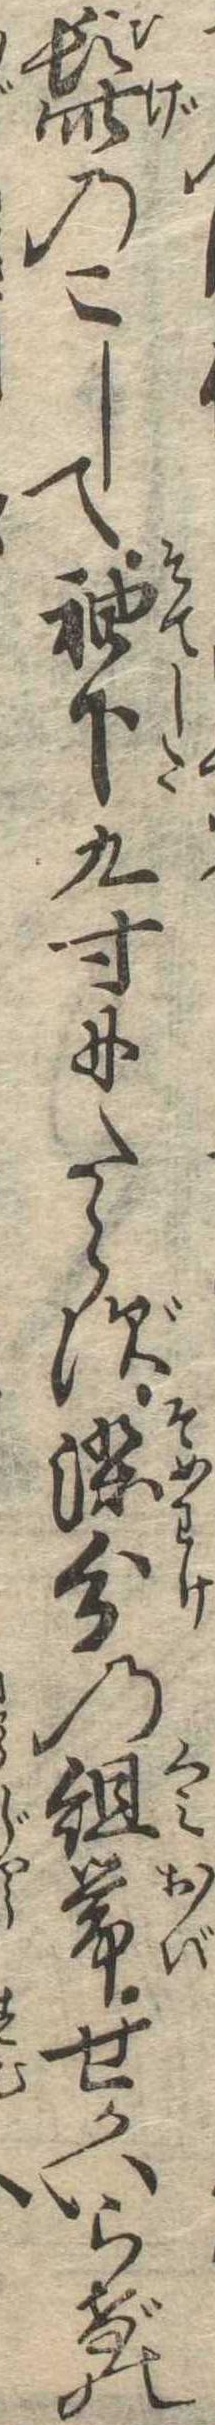
髭のこして袖下九寸にたらず染分の組帯せかいらげの